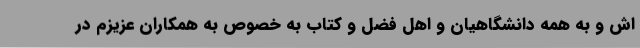
اش و به همه دانشگاهیان و اهل فضل و کتاب به خصوص به همکاران عزیزم در